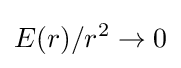
E(r)/r^{2}\to 0